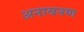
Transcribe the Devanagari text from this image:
अनावनण